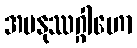
အမနုဿဂ္ဂါဟော